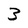
Character: 3